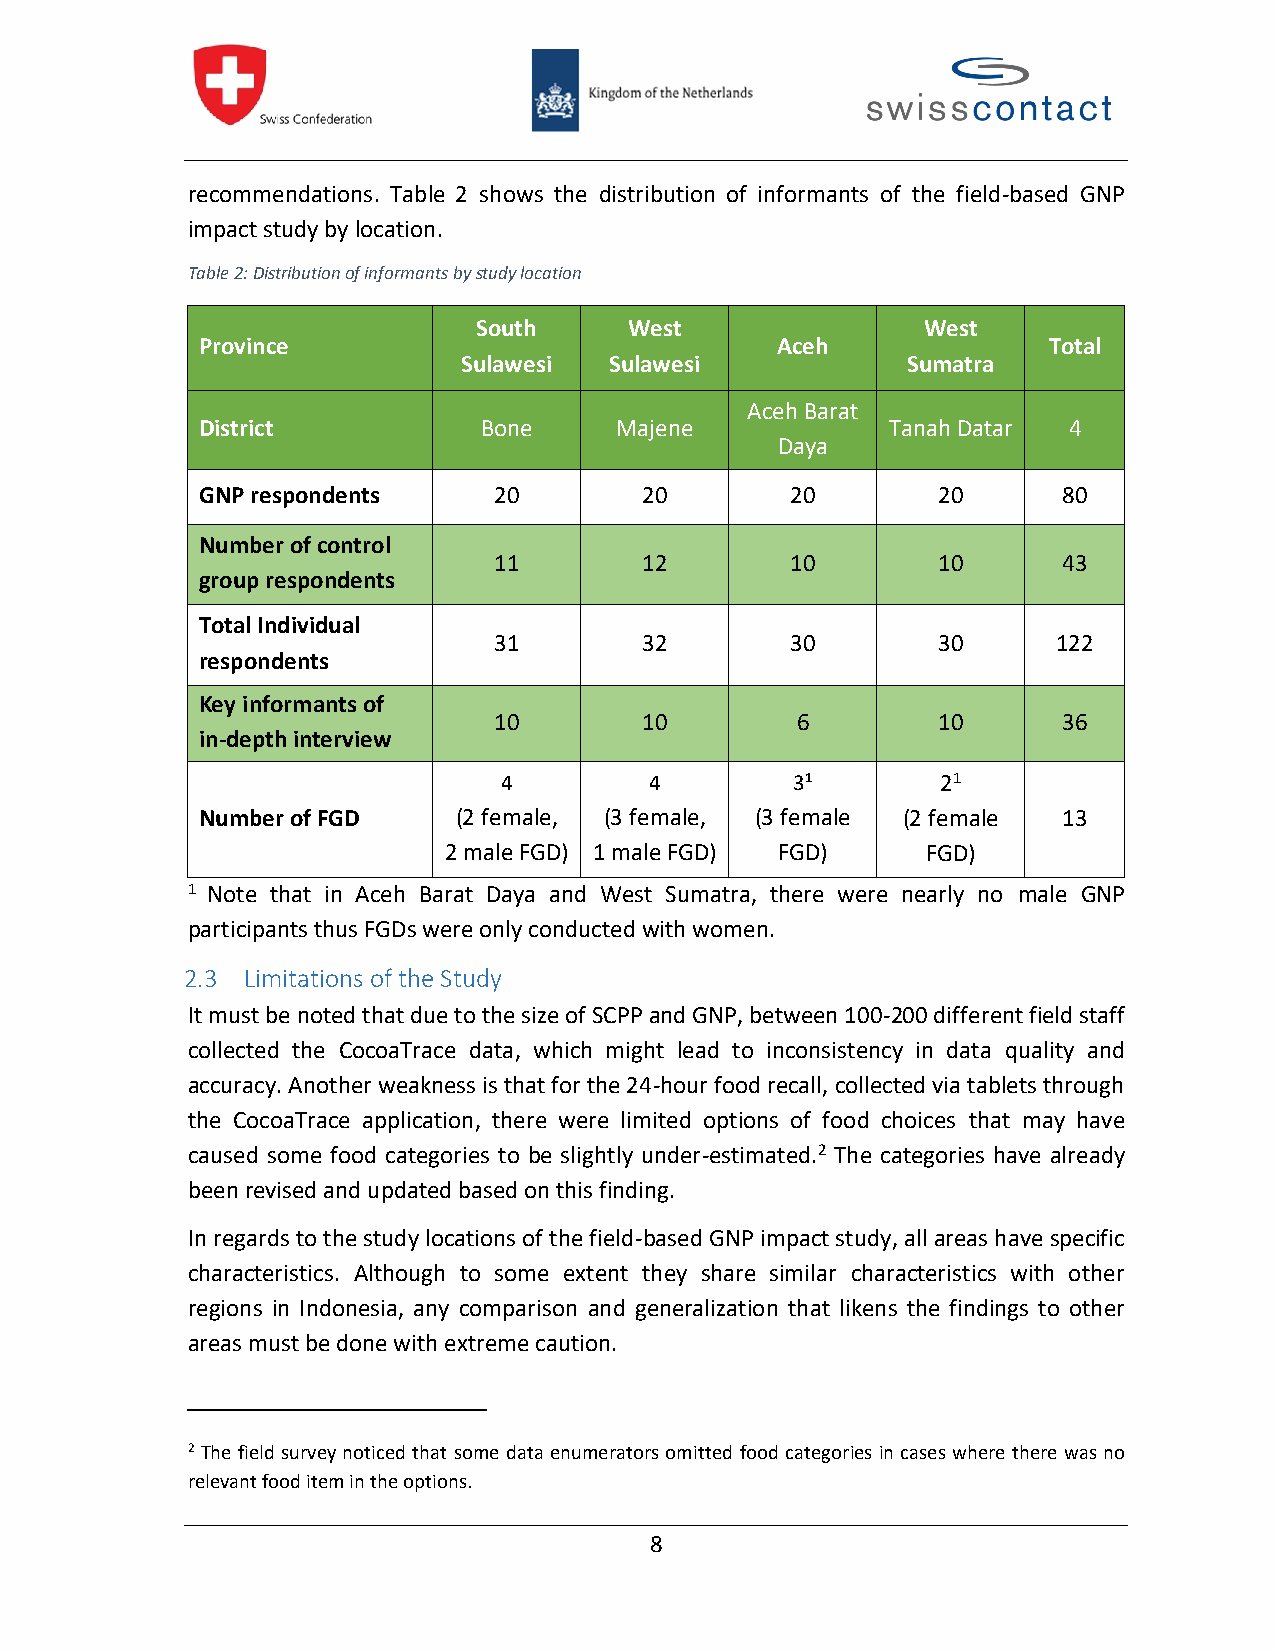
recommendations. Table 2 shows the distribution of informants of the field-based GNP
 impact study bylocation.
 Table2:Distribution of informants bystudy location
 South     West               West
 Province                              Aceh              Total
 Sulawesi Sulawesi            Sumatra
 Aceh Barat
 District           Bone     Majene            Tanah Datar 4
 Daya
 GNP respondents     20        20       20        20      80
 Number of control
 11        12       10        10      43
 group respondents
 Total Individual
 31        32       30        30      122
 respondents
 Key informants of
 10        10        6        10      36
 in-depth interview
 4         4         31       21
 Number of FGD    (2 female, (3 female, (3 female (2 female 13
 2 male FGD) 1 male FGD) FGD)    FGD)
 1 Note that in Aceh Barat Daya and West Sumatra, there were nearly no male GNP
 participants thus FGDswereonly conductedwith women.
 2.3 Limitations of the Study
 It must benoted that due to the size of SCPPand GNP,between 100-200 different field staff
 collected the CocoaTrace data, which might lead to inconsistency in data quality and
 accuracy. Another weakness is that for the 24-hour food recall, collected via tablets through
 the CocoaTrace application, there were limited options of food choices that may have
 caused some food categories to be slightly under-estimated.2 The categories have already
 beenrevised and updated based on this finding.
 In regards to the study locations of the field-based GNP impact study,allareas havespecific
 characteristics. Although to some extent they share similar characteristics with other
 regions in Indonesia, any comparison and generalization that likens the findings to other
 areas mustbe done with extreme caution.
 2The field survey noticed that some data enumerators omitted food categoriesin cases where there was no
 relevantfood item in the options.
 8